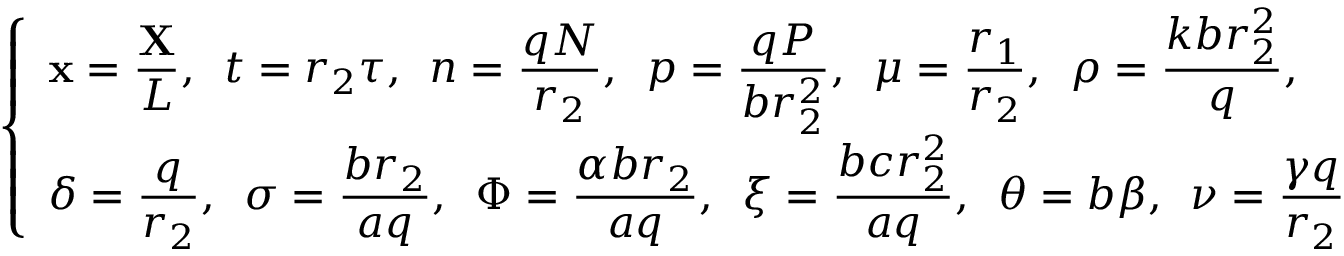
\left\{ \begin{array} { l l } { \mathbf x = \displaystyle \frac { \mathbf X } { L } , \, \, \, t = r _ { 2 } \tau , \, \, \, n = \displaystyle \frac { q N } { r _ { 2 } } , \, \, \, p = \displaystyle \frac { q P } { b r _ { 2 } ^ { 2 } } , \, \, \, \mu = \displaystyle \frac { r _ { 1 } } { r _ { 2 } } , \, \, \, \rho = \displaystyle \frac { k b r _ { 2 } ^ { 2 } } { q } , } \\ { \delta = \displaystyle \frac { q } { r _ { 2 } } , \, \, \, \sigma = \displaystyle \frac { b r _ { 2 } } { a q } , \, \, \, \Phi = \displaystyle \frac { \alpha b r _ { 2 } } { a q } , \, \, \, \xi = \displaystyle \frac { b c r _ { 2 } ^ { 2 } } { a q } , \, \, \, \theta = b \beta , \, \, \, \nu = \displaystyle \frac { \gamma q } { r _ { 2 } } } \end{array} \right.